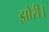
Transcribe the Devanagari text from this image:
झोरी।